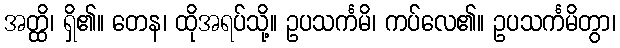
အတ္ထိ၊ ရှိ၏။ တေန၊ ထိုအရပ်သို့။ ဥပသင်္ကမိ၊ ကပ်လေ၏။ ဥပသင်္ကမိတွာ၊